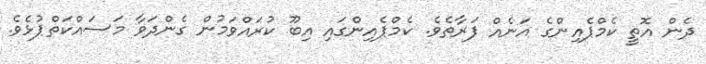
ދެން އޮތީ ކެމްޕެއިންގެ އަނެއް ފަރާތެވެ. ކެމްޕެއިންގައި އިބޫ ކުރައްވަމުން ގެންދަވާ މަސައްކަތްޕުޅެވެ.